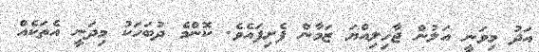
އަދު މިވަނީ އަލުން ޖާހިލިއްޔަ ޒަމާން ފެށިފައެވެ. ކޮންމެ ދުބަހަކު މިދަނީ އެތަކެއް